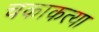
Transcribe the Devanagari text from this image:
चकाकत्या